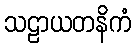
သဠာယတနိကံ